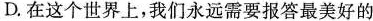
D.在这个世界上，我们永远需要报答最美好的